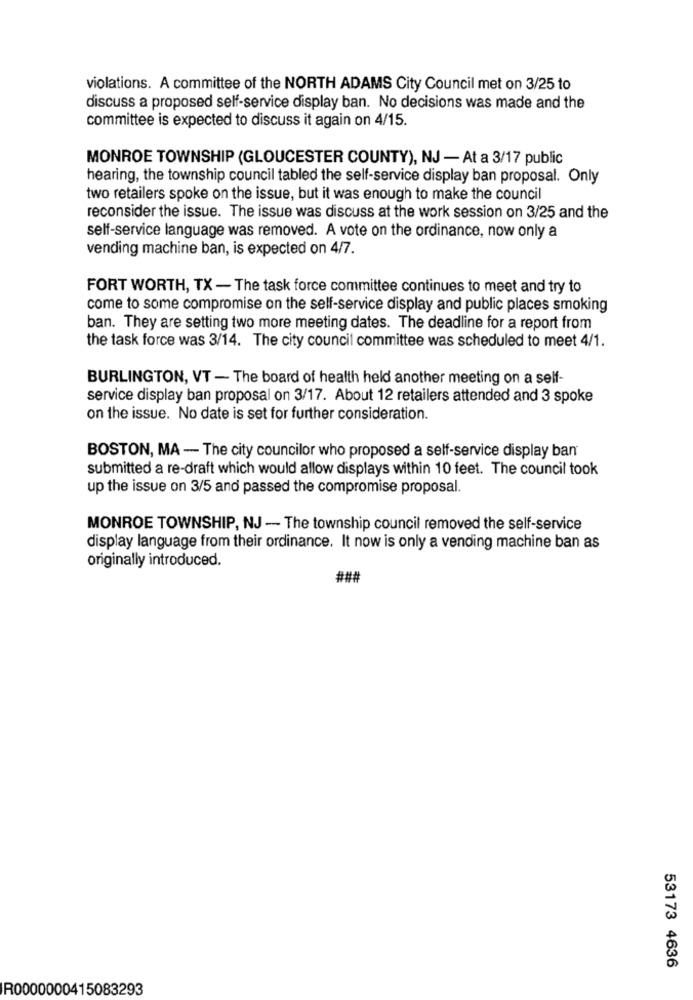
violations. A committee of the NORTH ADAMS City Council met on 3/25 to
discuss a proposed self-service display ban. No decisions was made and the
committee is expected to discuss it again on 4/15.
MONROE TOWNSHIP (GLOUCESTER COUNTY), NJ - At a 3/17 public
hearing, the township council tabled the self-service display ban proposal. Only
two retailers spoke on the issue, but it was enough to make the council
reconsider the issue. The issue was discuss at the work session on 3/25 and the
self-service language was removed. A vote on the ordinance, now only a
vending machine ban, is expected on 4/7.
FORT WORTH, TX - The task force committee continues to meet and try to
come to some compromise on the self-service display and public places smoking
ban. They are setting two more meeting dates. The deadline for a report from
the task force was 3/14. The city council committee was scheduled to meet 4/1.
BURLINGTON, VT - The board of health held another meeting on a self-
service display ban proposal on 3/17. About 12 retailers attended and 3 spoke
on the issue. No date is set for further consideration.
BOSTON, MA - The city councilor who proposed a self-service display ban
submitted a re-draft which would allow displays within 10 feet. The council took
up the issue on 3/5 and passed the compromise proposal.
MONROE TOWNSHIP, NJ - The township council removed the self-service
display language from their ordinance. It now is only a vending machine ban as
originally introduced.
###
53173 4636
R0000000415083293